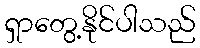
ရှာတွေ့နိုင်ပါသည်